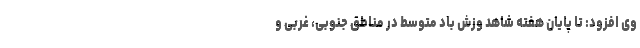
وی افزود: تا پایان هفته شاهد وزش باد متوسط در مناطق جنوبی، غربی و